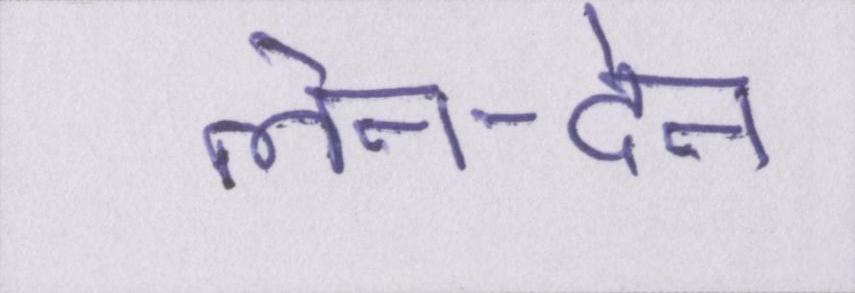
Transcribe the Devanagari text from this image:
लेन-देन